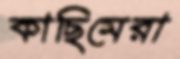
কাছিমেরা